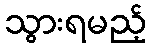
သွားရမည့်